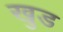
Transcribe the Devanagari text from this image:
खुड